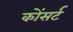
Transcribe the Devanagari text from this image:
कोंसर्ट